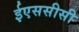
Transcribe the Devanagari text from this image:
ईएससीसी